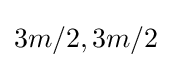
3m/2,3m/2